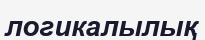
логикалылық